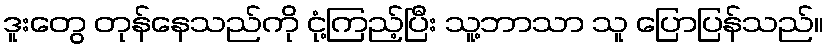
ဒူးတွေ တုန်နေသည်ကို ငုံ့ကြည့်ပြီး သူ့ဘာသာ သူ ပြောပြန်သည်။